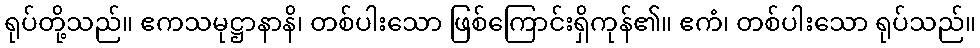
ရုပ်တို့သည်။ ဧကသမုဋ္ဌာနာနိ၊ တစ်ပါးသော ဖြစ်ကြောင်းရှိကုန်၏။ ဧကံ၊ တစ်ပါးသော ရုပ်သည်။